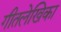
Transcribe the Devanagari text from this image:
गीतलेखिका